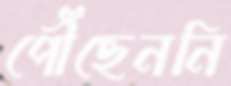
পৌঁছেননি